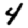
Digit: 4